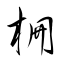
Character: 柵